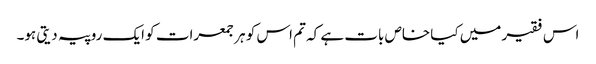
اس فقیر میں کیا خاص بات ہے کہ تم اس کو ہر جمعرات کو ایک روپیہ دیتی ہو۔